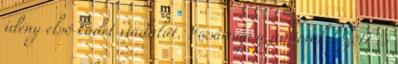
idény első kadet viadalát. Vasárnap a juniorok között is